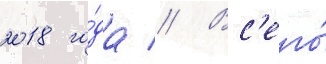
2018 го́да // Вс'его́